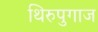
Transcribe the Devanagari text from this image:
थिरुपुगाज